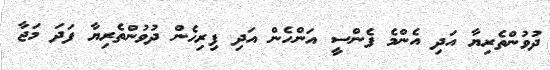
ދުވުންތެރިޔާ އަދި އެންމެ ފެންސީ އަންހެން އަދި ފިރިހެން ދުވުންތެރިޔާ ފަދަ މަޖާ